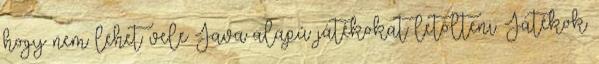
hogy nem lehet vele Java alapú játékokat letölteni. Játékok